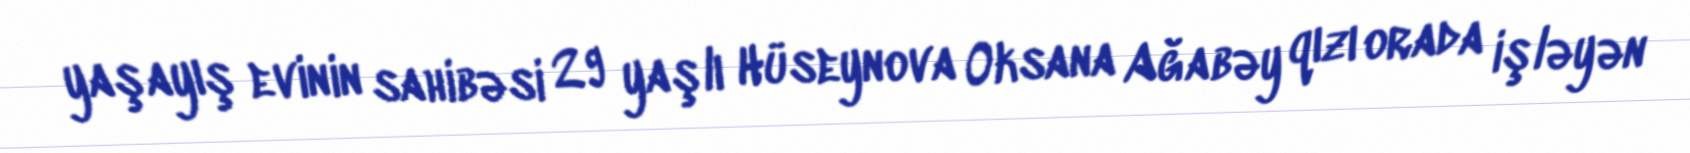
yaşayış evinin sahibəsi 29 yaşlı Hüseynova Oksana Ağabəy qızı orada işləyən